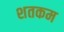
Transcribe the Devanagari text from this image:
शतकम